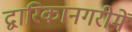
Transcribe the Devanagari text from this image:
द्वारिकानगरीमें